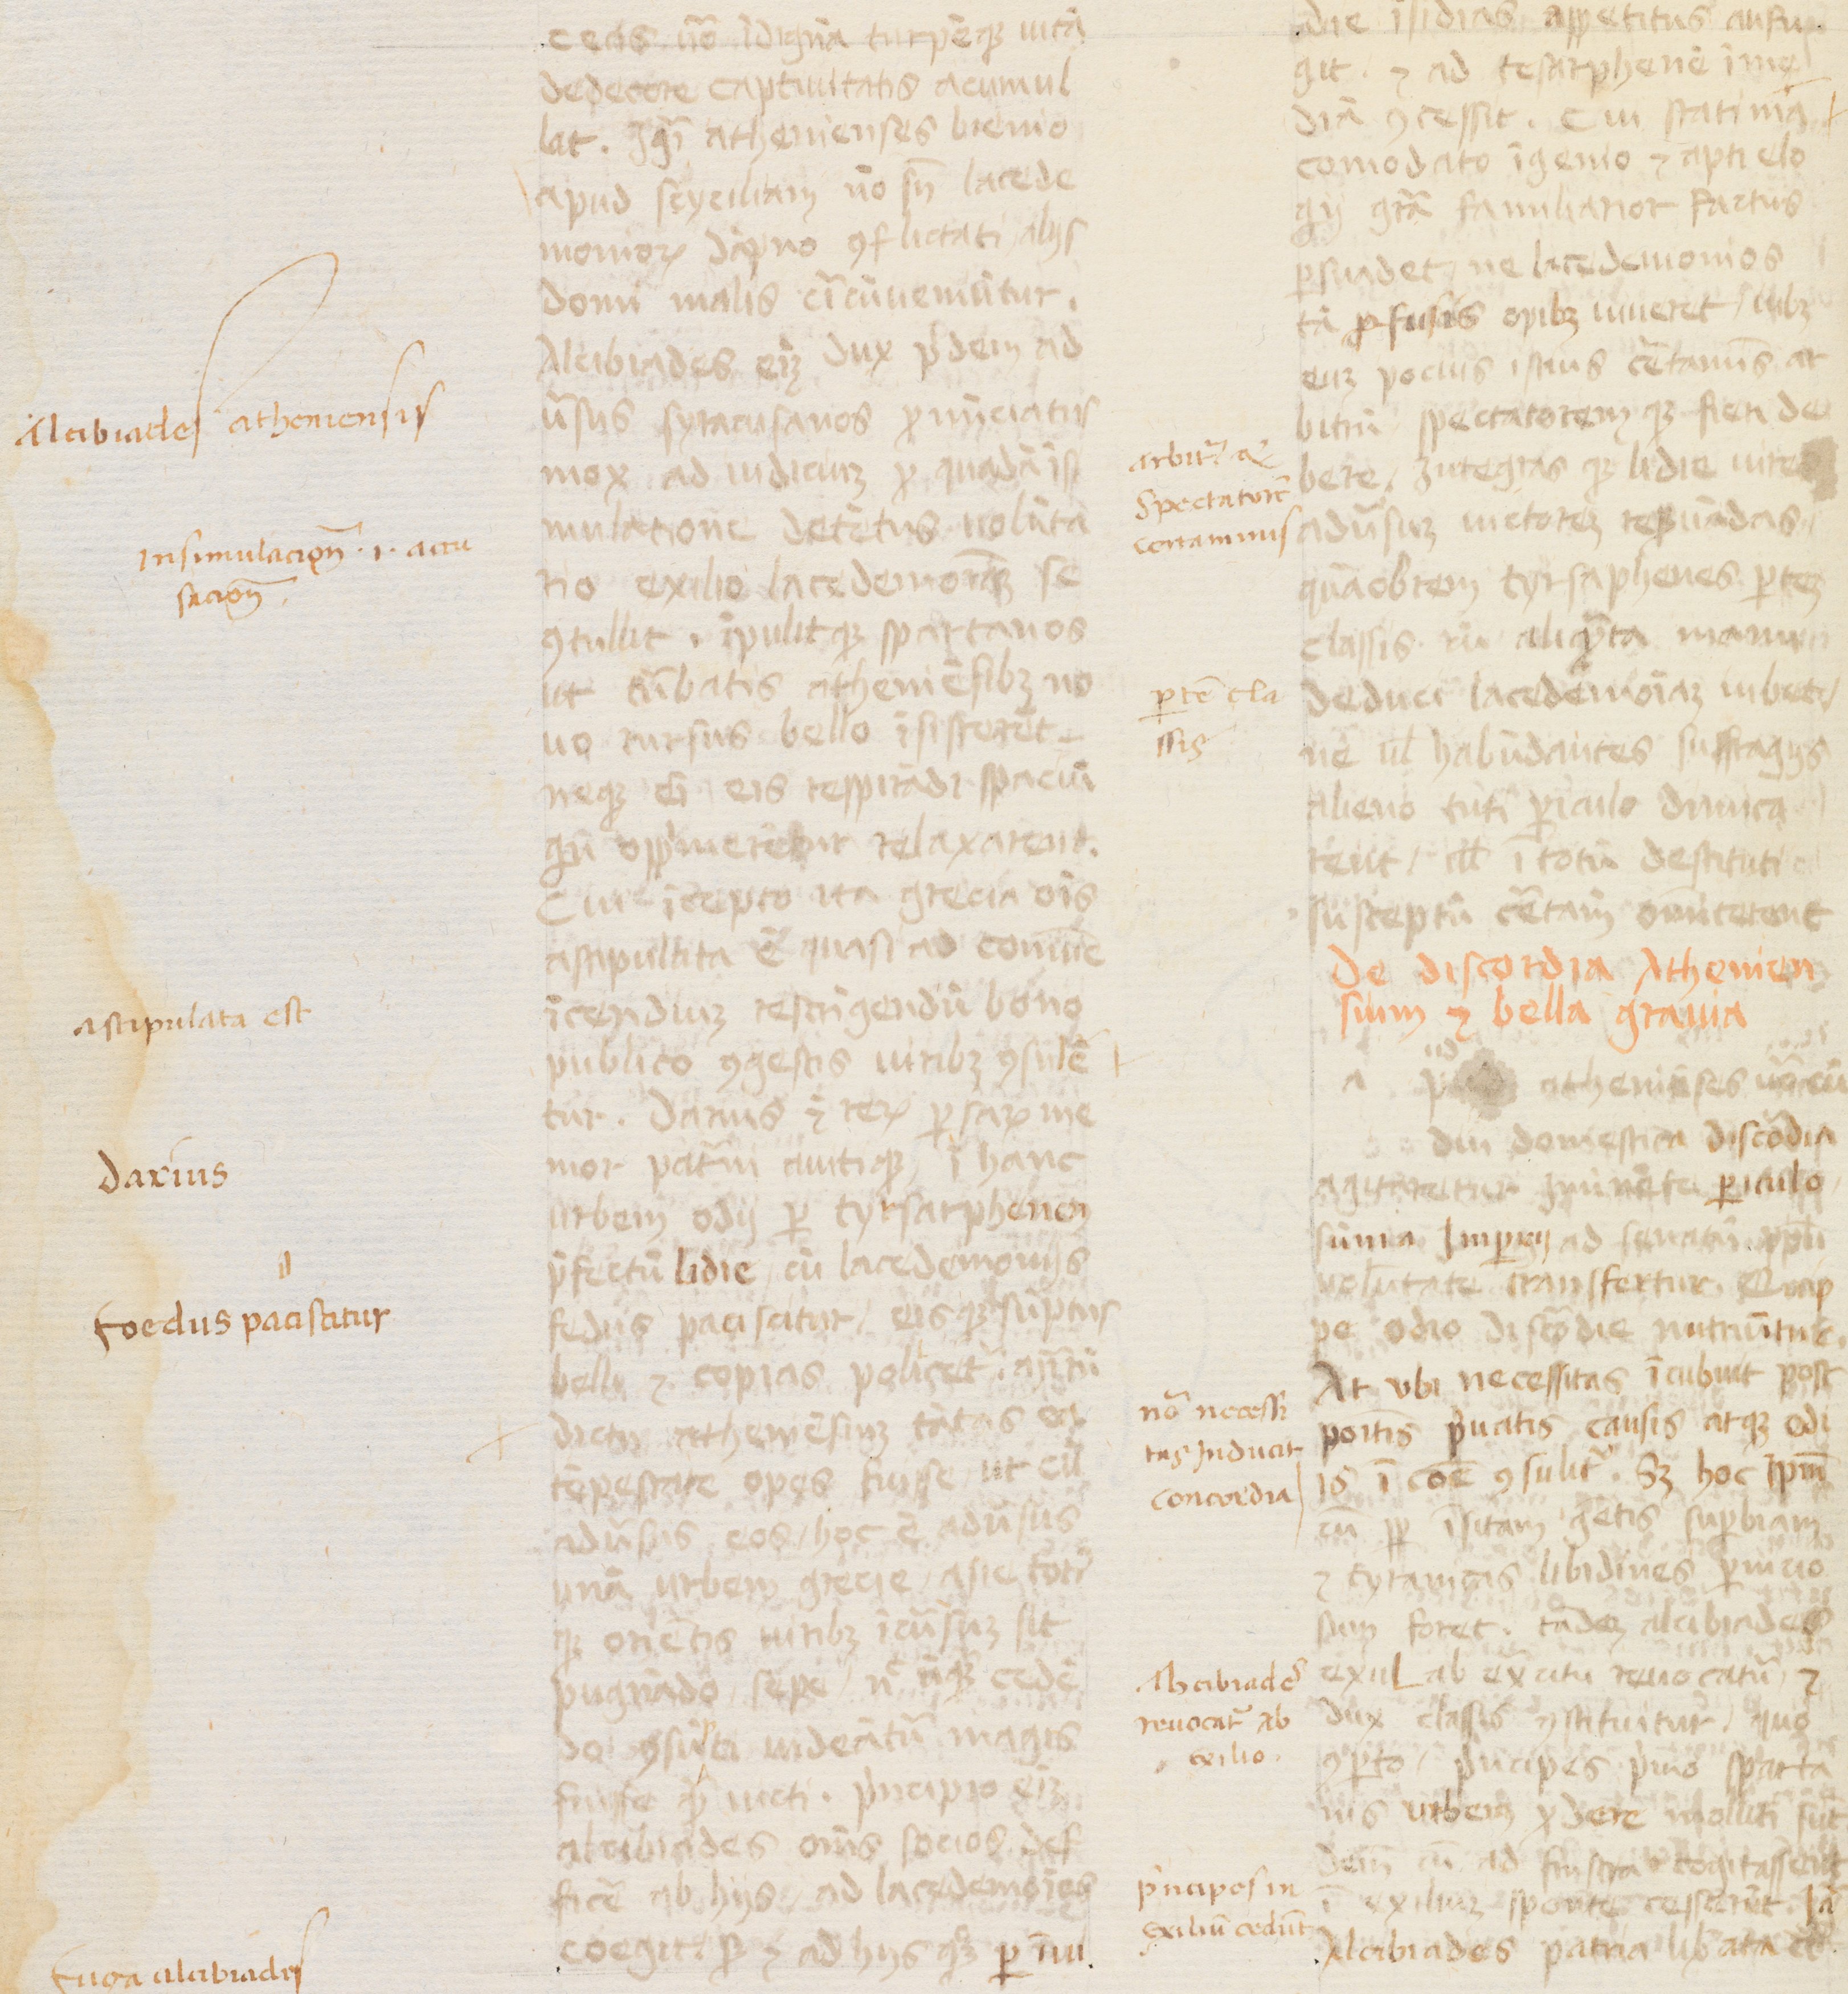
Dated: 1400–1415